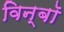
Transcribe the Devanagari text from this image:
विन्बॉ